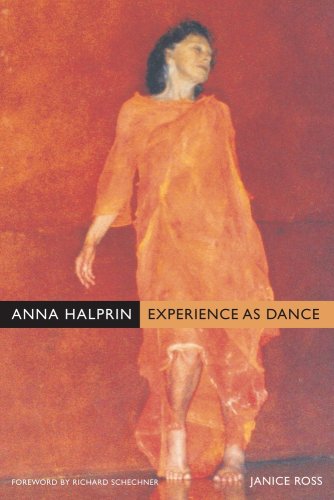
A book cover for Anna Halprin: Experience as Dance; Janice Ross; Biographies & Memoirs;